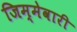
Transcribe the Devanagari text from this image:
जिम्‍मेवारी